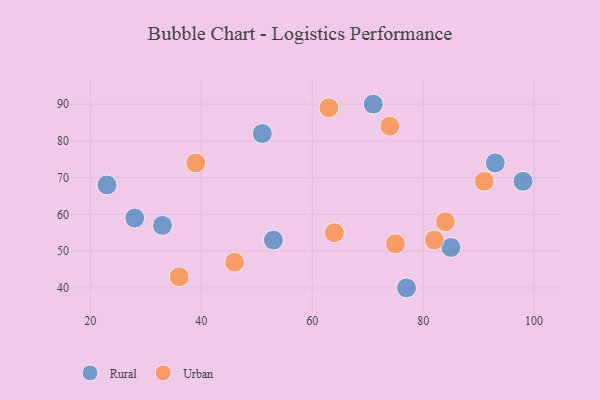
{"axis": {"x": "GDP", "y": "Life Expectancy"}, "legend": ["Rural", "Urban"], "data": [{"x": "23", "y": 68, "type": "Rural"}, {"x": "51", "y": 82, "type": "Rural"}, {"x": "53", "y": 53, "type": "Rural"}, {"x": "77", "y": 40, "type": "Rural"}, {"x": "85", "y": 51, "type": "Rural"}, {"x": "28", "y": 59, "type": "Rural"}, {"x": "93", "y": 74, "type": "Rural"}, {"x": "71", "y": 90, "type": "Rural"}, {"x": "98", "y": 69, "type": "Rural"}, {"x": "33", "y": 57, "type": "Rural"}, {"x": "75", "y": 52, "type": "Urban"}, {"x": "84", "y": 58, "type": "Urban"}, {"x": "82", "y": 53, "type": "Urban"}, {"x": "74", "y": 84, "type": "Urban"}, {"x": "46", "y": 47, "type": "Urban"}, {"x": "63", "y": 89, "type": "Urban"}, {"x": "91", "y": 69, "type": "Urban"}, {"x": "64", "y": 55, "type": "Urban"}, {"x": "39", "y": 74, "type": "Urban"}, {"x": "36", "y": 43, "type": "Urban"}]}